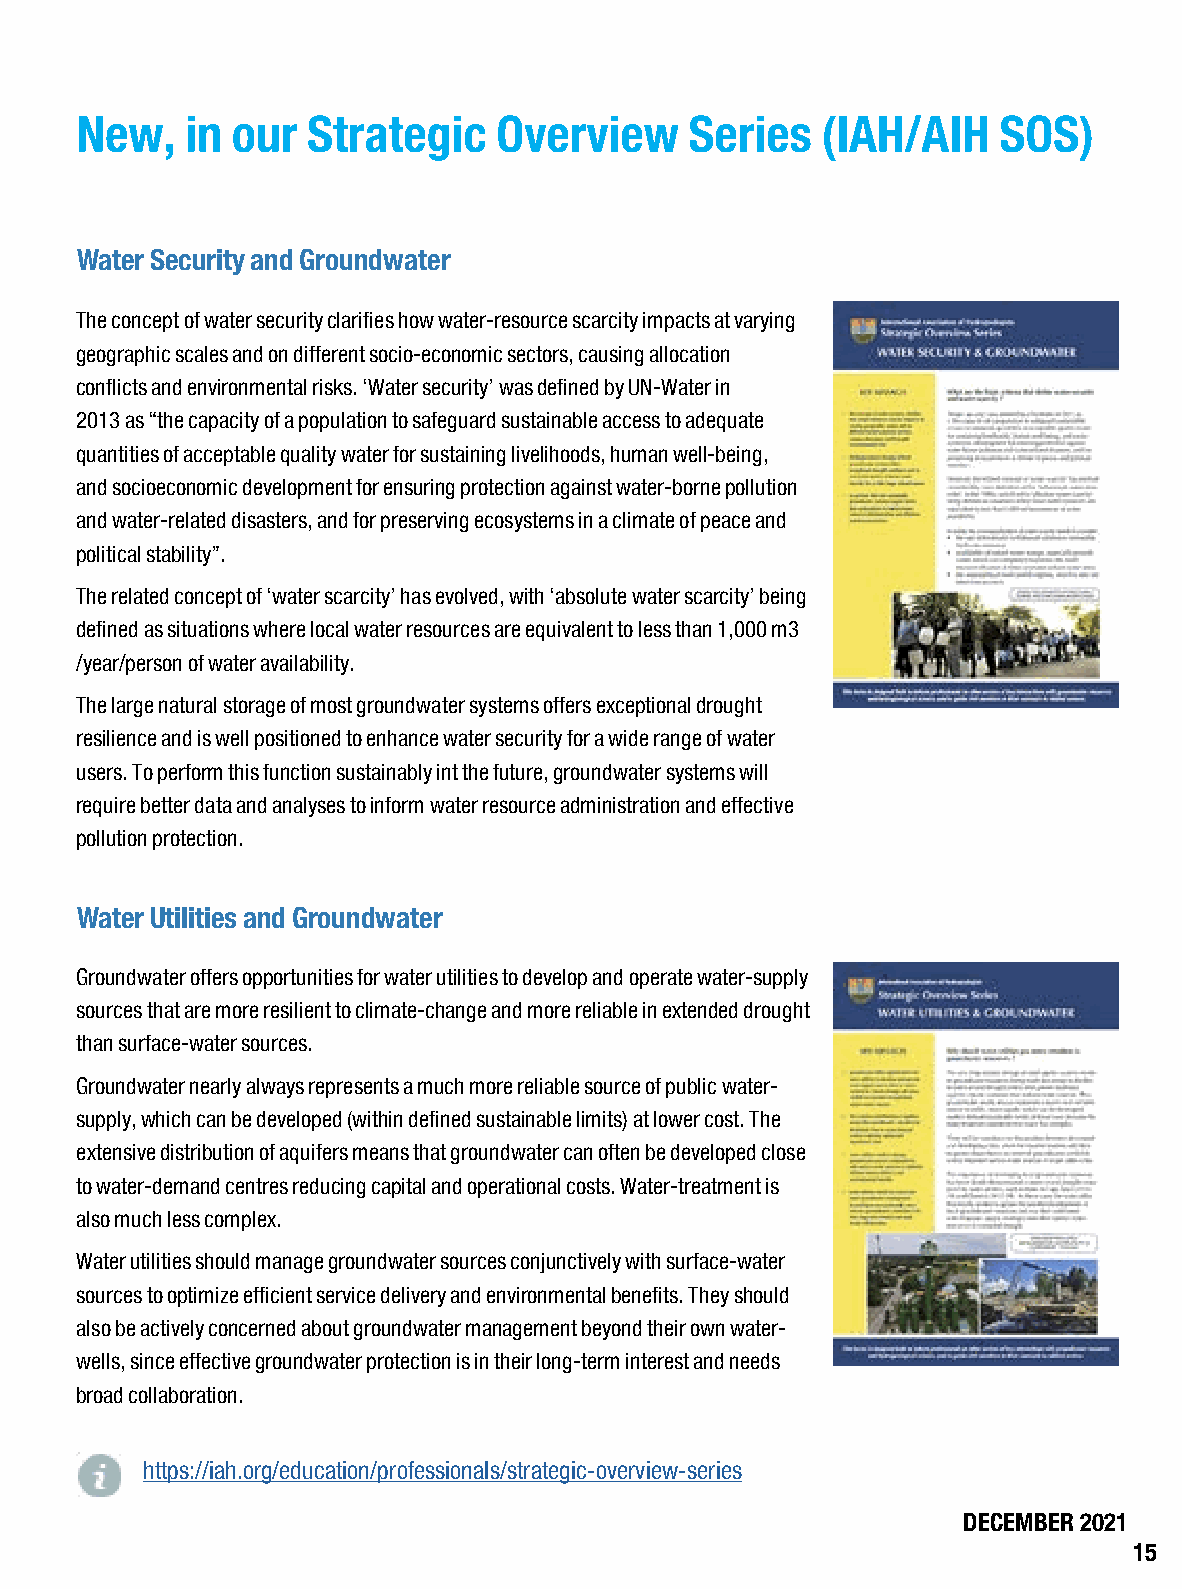
New,   in our  Strategic    Overview     Series  (IAH/AIH    SOS)
 Water Security and Groundwater
 The concept of water security clarifies how water-resource scarcity impacts at varying
 geographic scales and on different socio-economic sectors, causing allocation
 conflicts and environmental risks. ‘Water security’ was defined by UN-Water in
 2013 as “the capacity of a population to safeguard sustainable access to adequate
 quantities of acceptable quality water for sustaining livelihoods, human well-being,
 and socioeconomic development for ensuring protection against water-borne pollution
 and water-related disasters, and for preserving ecosystems in a climate of peace and
 political stability”.
 The related concept of ‘water scarcity’ has evolved, with ‘absolute water scarcity’ being
 defined as situations where local water resources are equivalent to less than 1,000 m3
 /year/person of water availability.
 The large natural storage of most groundwater systems offers exceptional drought
 resilience and is well positioned to enhance water security for a wide range of water
 users. To perform this function sustainably int the future, groundwater systems will
 require better data and analyses to inform water resource administration and effective
 pollution protection.
 Water Utilities and Groundwater
 Groundwater offers opportunities for water utilities to develop and operate water-supply
 sources that are more resilient to climate-change and more reliable in extended drought
 than surface-water sources.
 Groundwater nearly always represents a much more reliable source of public water-
 supply, which can be developed (within defined sustainable limits) at lower cost. The
 extensive distribution of aquifers means that groundwater can often be developed close
 to water-demand centres reducing capital and operational costs. Water-treatment is
 also much less complex.
 Water utilities should manage groundwater sources conjunctively with surface-water
 sources to optimize efficient service delivery and environmental benefits. They should
 also be actively concerned about groundwater management beyond their own water-
 wells, since effective groundwater protection is in their long-term interest and needs
 broad collaboration.
 https://iah.org/education/professionals/strategic-overview-series
 DECEMBER 2021
 15